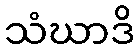
သံဃာဒိ